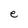
Character: e